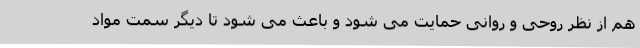
هم از نظر روحی و روانی حمایت می شود و باعث می شود تا دیگر سمت مواد